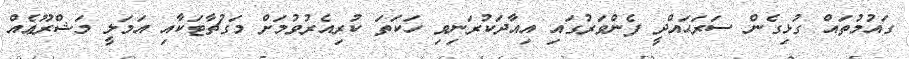
ގައުމުތައް ގުޅިގެން ސަރަޙައްދީ ފެންވަރުގައި އިއާދަކުރަނިވި ހަކަތަ ކުރިއެރުވުމަށް މަގުޗާޓަކާއި އަމަލީ މަޝްރޫޢެއް